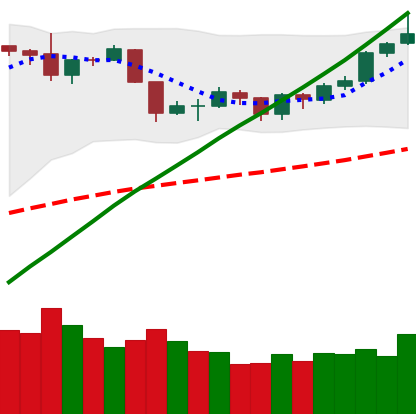
Ticker: BTC-USD
Chart end date: 2019-06-16
Forward return: 12.786%
Label: up_7plus